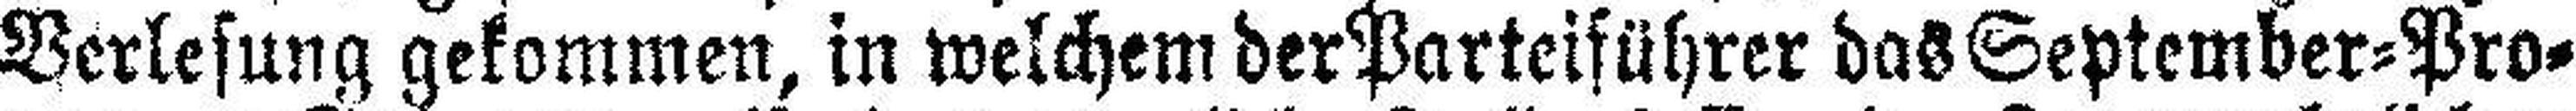
Verlesung gekommen, in welchem der Parteiführer das September=Pro¬